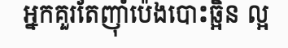
អ្នកគួរតែញ៉ាំប៉េងបោះឆ្អិន ល្អ